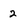
Character: 2